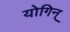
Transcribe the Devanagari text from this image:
योगिन्